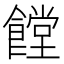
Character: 饄